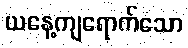
ယနေ့ကျရောက်သော